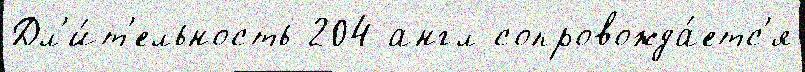
Дл'и́т'ельность 204 англ сопровожда́етс'я